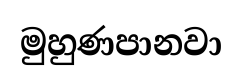
මුහුණපානවා